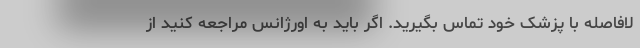
لافاصله با پزشک خود تماس بگیرید. اگر باید به اورژانس مراجعه کنید از